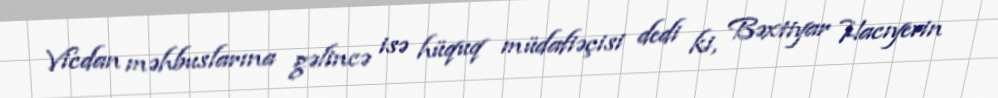
Vicdan məhbuslarına gəlincə isə hüquq müdafiəçisi dedi ki, Bəxtiyar Hacıyevin